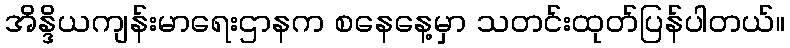
အိန္ဒိယကျန်းမာရေးဌာနက စနေနေ့မှာ သတင်းထုတ်ပြန်ပါတယ်။